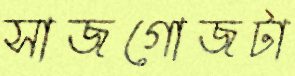
সাজগোজটা